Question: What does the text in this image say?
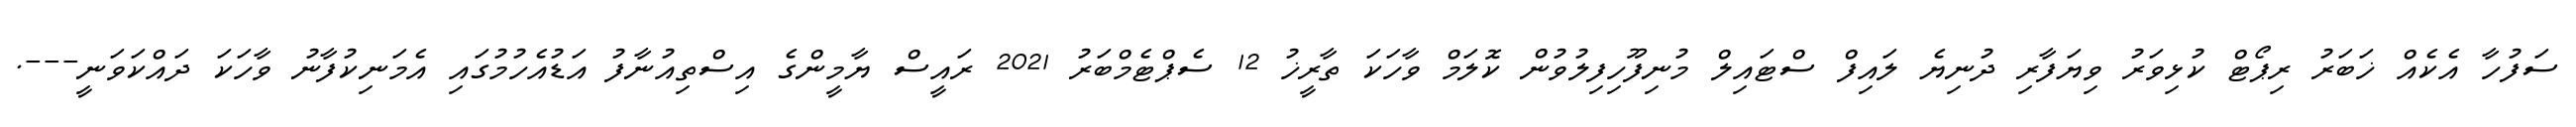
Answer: ސަފުހާ އެކެއް ޚަބަރު ރިޕޯޓް ކުޅިވަރު ވިޔަފާރި ދުނިޔެ ލައިފް ސްޓައިލް މުނިފޫހިފިލުވުން ކޮލަމް ވާހަކަ ތާރީޚު 12 ސެޕްޓެމްބަރު 2021 ރައީސް ޔާމީންގެ އިސްތިއުނާފު އަޑުއެހުމުގައި އެމަނިކުފާނު ވާހަކަ ދައްކަވަނީ---.